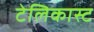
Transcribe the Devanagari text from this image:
टेलिकास्ट